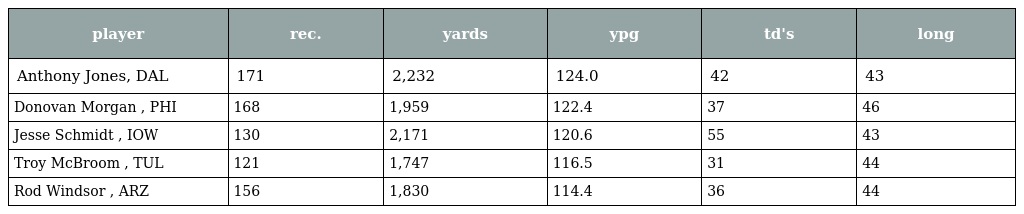
| player | rec. | yards | ypg | td's | long |
 | --- | --- | --- | --- | --- | --- |
 | Anthony Jones, DAL | 171 | 2,232 | 124.0 | 42 | 43 |
 | Donovan Morgan , PHI | 168 | 1,959 | 122.4 | 37 | 46 |
 | Jesse Schmidt , IOW | 130 | 2,171 | 120.6 | 55 | 43 |
 | Troy McBroom , TUL | 121 | 1,747 | 116.5 | 31 | 44 |
 | Rod Windsor , ARZ | 156 | 1,830 | 114.4 | 36 | 44 |